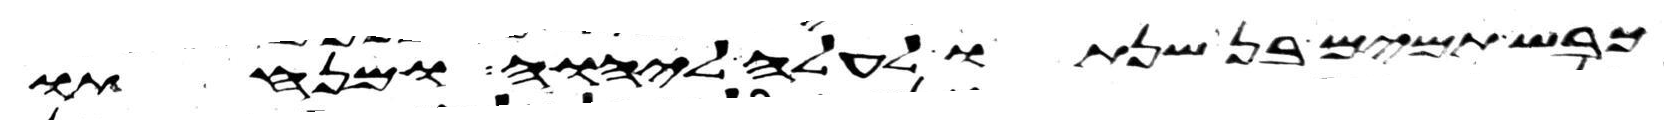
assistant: כבש תמים בן שנתו לעלה ליהוה ומנחתו